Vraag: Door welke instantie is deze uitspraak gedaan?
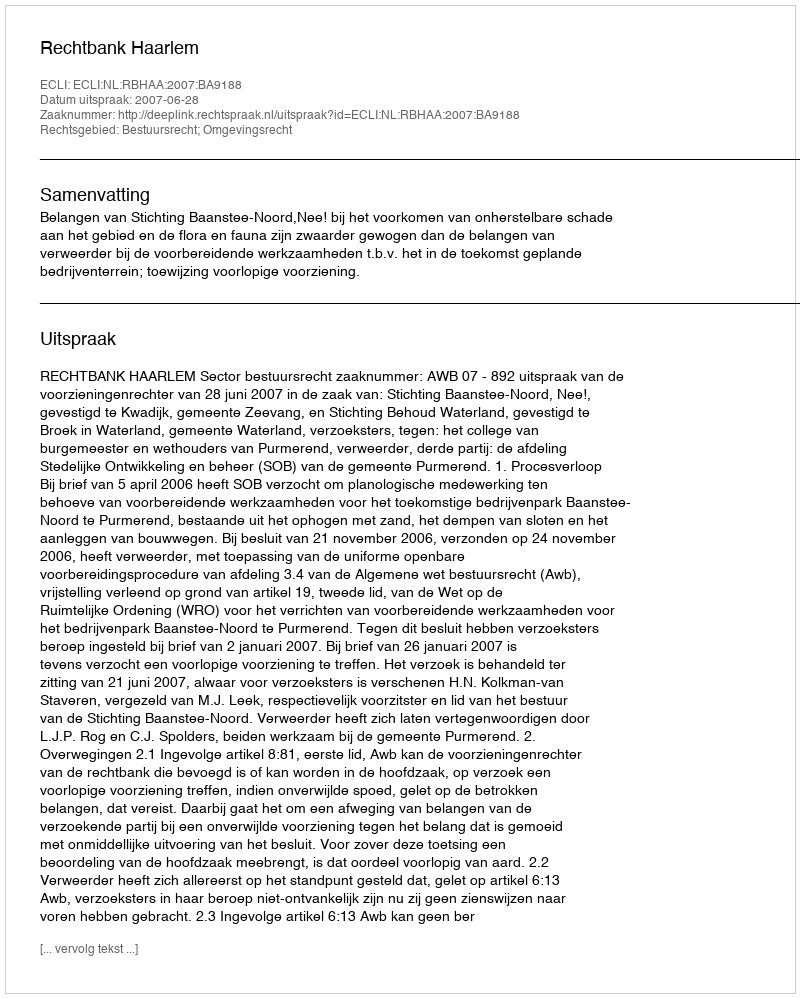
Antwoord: Rechtbank Haarlem